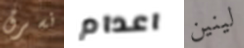
نسرق اعدام لينين